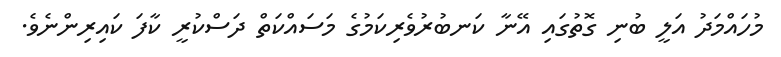
މުހައްމަދު އަލީ ބުނި ގޮތުގައި އޭނާ ކަނބުރުވެރިކަމުގެ މަސައްކަތް ދަސްކުރީ ކާފަ ކައިރިންނެވެ.